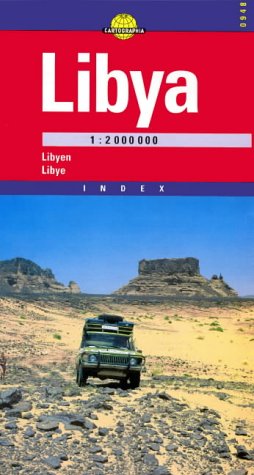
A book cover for Libya Road & Travel Map by Cartographia (World Travel Maps); Cartographia Kft.; Travel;